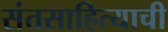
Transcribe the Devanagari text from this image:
संतसाहित्याची